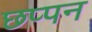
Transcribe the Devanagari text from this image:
छप्‍पन